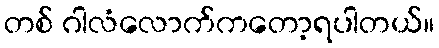
တစ် ဂါလံလောက်ကတော့ရပါတယ်။